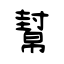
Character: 幫